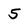
Character: 5